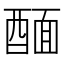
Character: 䤄